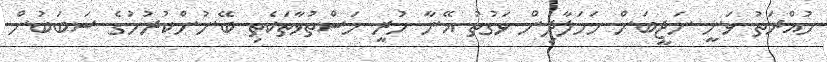
މުއްރަތު ވަނީ ނަޖީބަށް ހަމަލާދިން ވަގުތު އޭނާ ހުރީ މަސްތުވާތަކެތި ބޭނުންކުރުމުގެ ސަބަބުން